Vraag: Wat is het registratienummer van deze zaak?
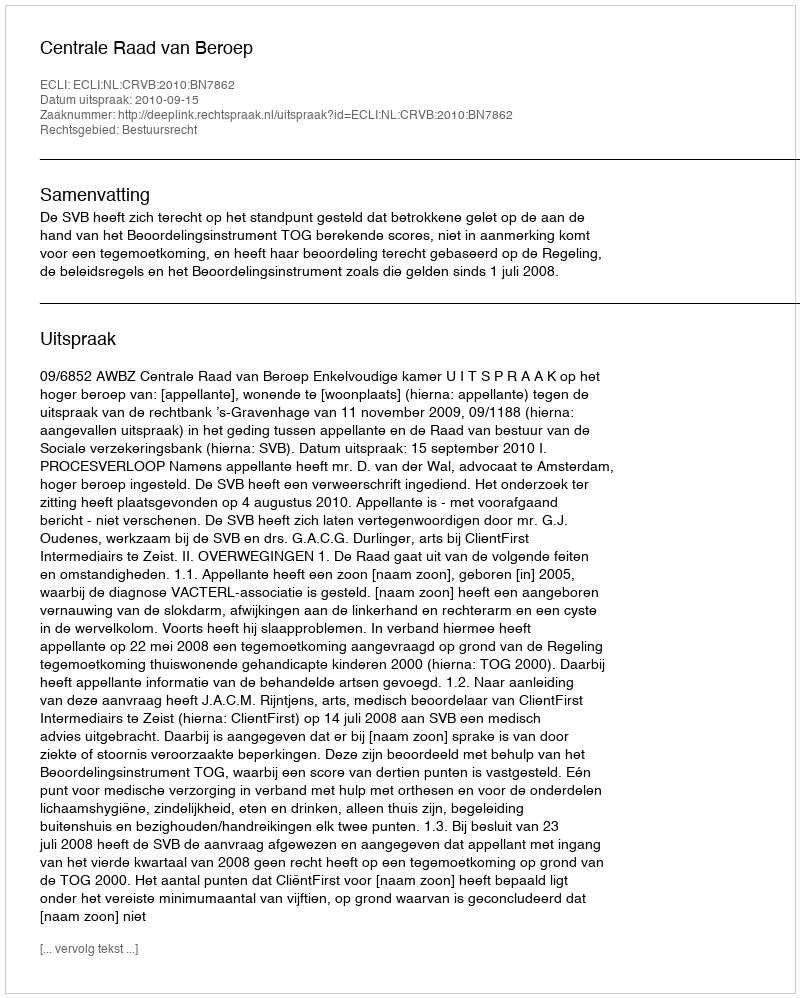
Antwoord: http://deeplink.rechtspraak.nl/uitspraak?id=ECLI:NL:CRVB:2010:BN7862